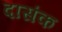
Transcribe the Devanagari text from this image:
दासंक